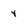
Character: Y